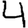
Digit: 4